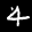
Label: 4